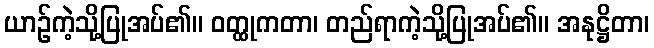
ယာဉ်ကဲ့သို့ပြုအပ်၏။ ဝတ္ထုကတာ၊ တည်ရာကဲ့သို့ပြုအပ်၏။ အနုဋ္ဌိတာ၊